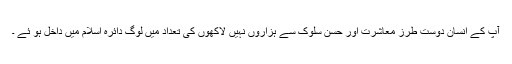
آپ کے انسان دوست طرز معاشرت اور حسن سلوک سے ہزاروں نہیں لاکھوں کی تعداد میں لوگ دائرہ اسلام میں داخل ہو ئے ۔